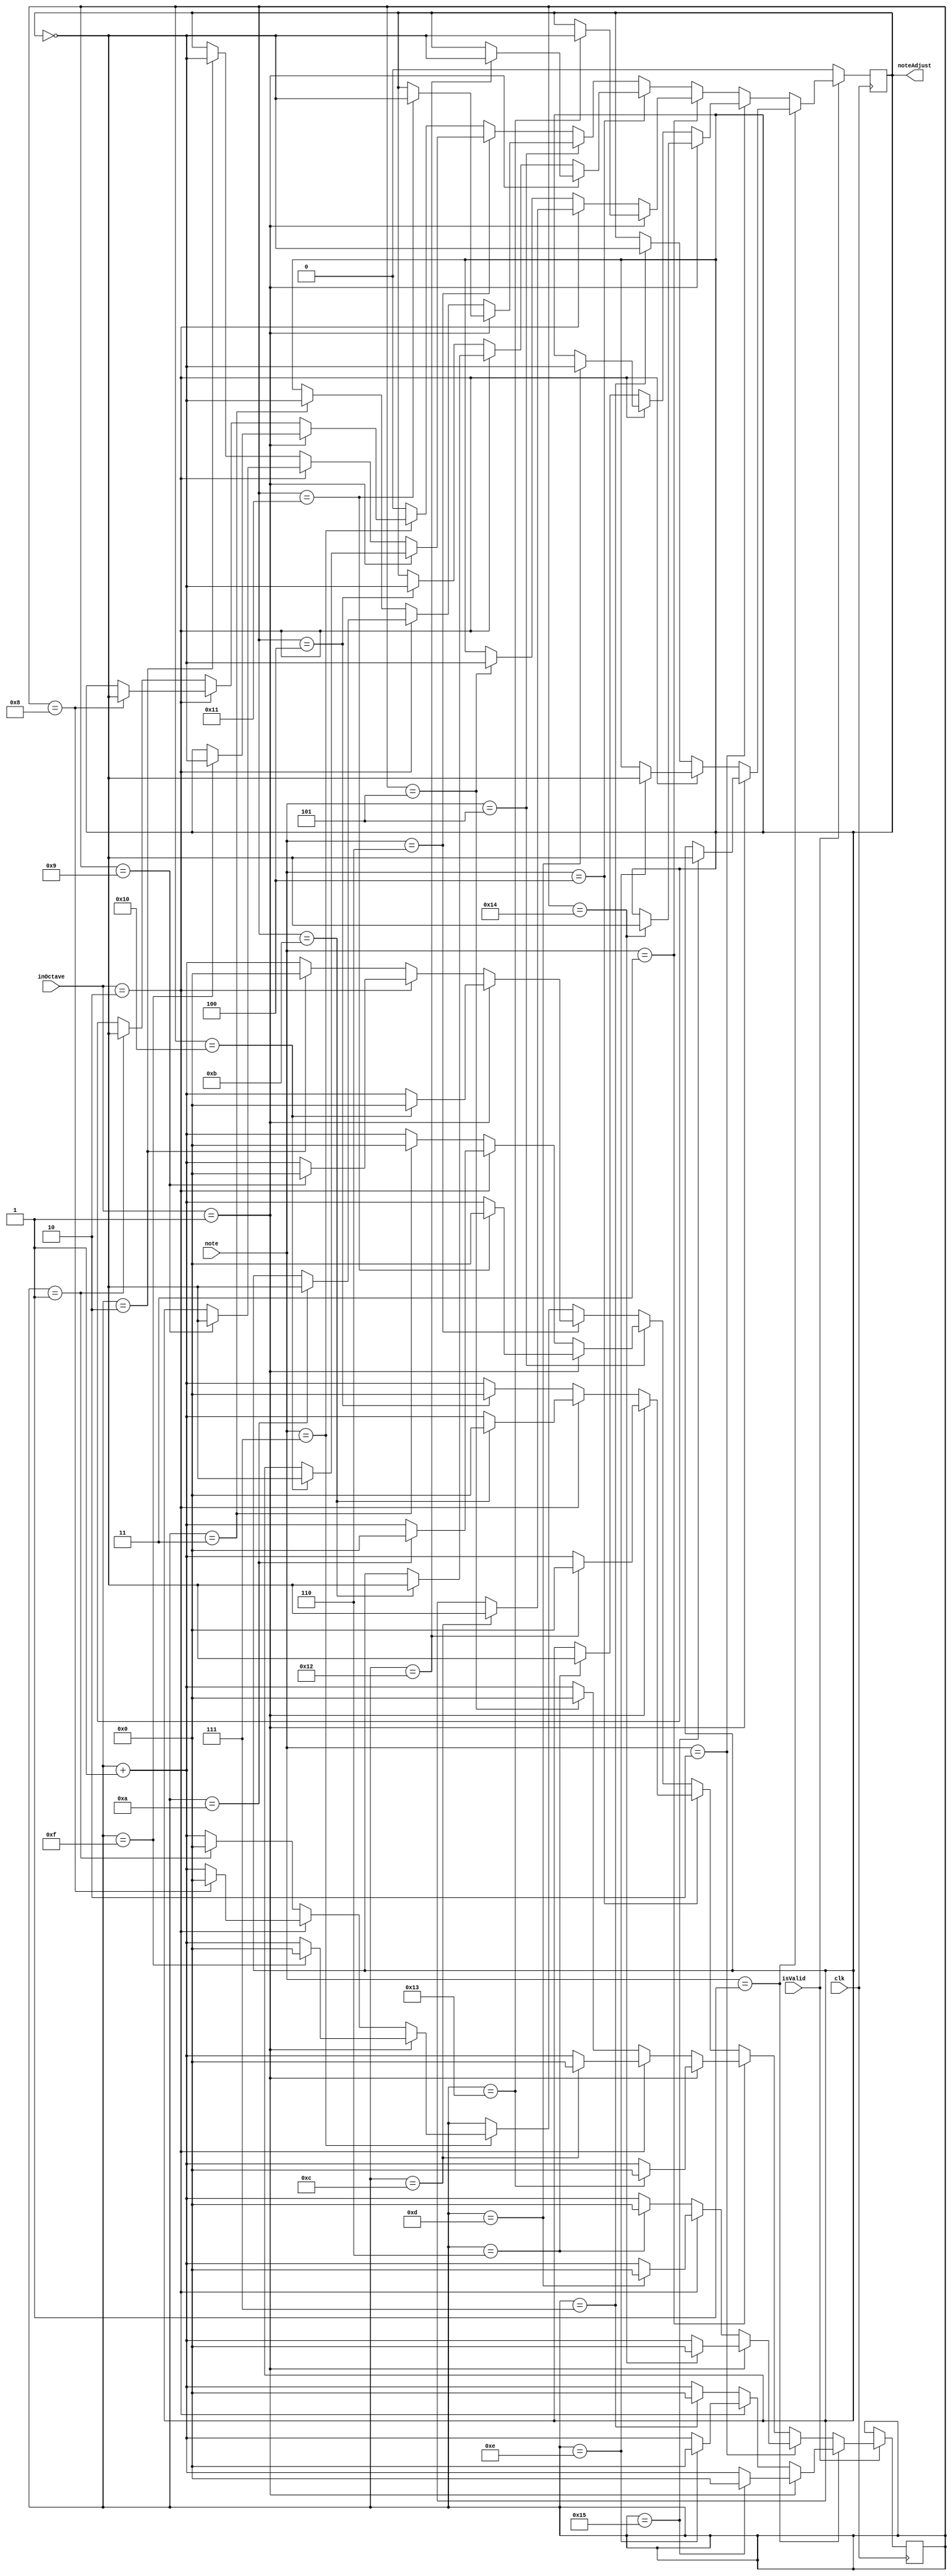
//Soeaker Code 
//Goal: Divide the clock into signals for each note 
//How should I do thix? 
// 7 octaves 7 notes 
// Octave 8 bit Note 8 bit register 

// Define ports 
// Inputs: note - octave 
// Output: Adjusted Note frequency 

module keyboardLogic(
	input clk,
	input isValid,
	input [2:0] note, 
	input [2:0]inOctave,
	output noteAdjust

	);
	
	
 reg noteAdjustTemp = 0;

 reg proccessedAlready = 0;
// Base frequencies Factors
/*
localparam noteAO1 = 909090; //001
localparam noteBO1 = 809716; //010
localparam noteCO1 = 763358;  //011
localparam noteDO1 = 680272; //100
localparam noteEO1 = 606060;  //101
localparam noteFO1 = 571428;  //110
localparam noteGO1 = 510204; //111
localparam noteAO2 = 454545; //001
localparam noteBO2 = 404858; //010
localparam noteCO2 = 381679;  //011
localparam noteDO2 = 340136; //100
localparam noteEO2 = 303030;  //101
localparam noteFO2 = 285714;  //110
localparam noteGO2 = 255102; //111
localparam noteAO3 = 227272; //001
localparam noteBO3 = 202429; //010
localparam noteCO3 = 190885;  //011
localparam noteDO3 = 170068; //100
localparam noteEO3 = 151515;  //101
localparam noteFO3 = 142857;  //110
localparam noteGO3 = 127551; //111
*/

localparam noteAO1 = 21; //001
localparam noteBO1 = 20; //010
localparam noteCO1 = 19;  //011
localparam noteDO1 = 18; //100
localparam noteEO1 = 17;  //101
localparam noteFO1 = 16;  //110
localparam noteGO1 = 15; //111
localparam noteAO2 = 14; //001
localparam noteBO2 = 13; //010
localparam noteCO2 = 12;  //011
localparam noteDO2 = 11; //100
localparam noteEO2 = 10;  //101
localparam noteFO2 = 9;  //110
localparam noteGO2 = 8; //111
localparam noteAO3 = 7; //001
localparam noteBO3 = 6; //010
localparam noteCO3 = 5;  //011
localparam noteDO3 = 4; //100
localparam noteEO3 = 3;  //101
localparam noteFO3 = 2;  //110
localparam noteGO3 = 1; //111

reg [31:0] clkCnt = 0;	

always @(posedge(clk)) begin

 if(isValid) begin
	
	if ( note == 3'b001 ) begin 
		if(inOctave==3'b001) begin
			if (clkCnt == noteAO1) begin
					clkCnt <= 32'b0;
					noteAdjustTemp <=~noteAdjustTemp;
			end
			else begin
					clkCnt <= clkCnt + 1;
					noteAdjustTemp <= noteAdjustTemp;
			end 
		end
		else if(inOctave == 3'b010) begin
			if (clkCnt == noteAO2) begin
					clkCnt <= 32'b0;
					noteAdjustTemp <=~noteAdjustTemp;
			end
			else begin
					clkCnt <= clkCnt + 1;
					noteAdjustTemp <= noteAdjustTemp;
			end 
		end
		else begin
			if (clkCnt == noteAO3) begin
					clkCnt <= 32'b0;
					noteAdjustTemp <=~noteAdjustTemp;
			end
			else begin
					clkCnt <= clkCnt + 1;
					noteAdjustTemp <= noteAdjustTemp;
			end 
		end
	end 

	else if ( note == 3'b010 ) begin 
		if(inOctave==3'b001) begin
			if (clkCnt == noteBO1) begin
					clkCnt <= 32'b0;
					noteAdjustTemp <=~noteAdjustTemp;
			end
			else begin
					clkCnt <= clkCnt + 1;
					noteAdjustTemp <= noteAdjustTemp;
			end 
		end
		else if(inOctave == 3'b010) begin
			if (clkCnt == noteBO2) begin
					clkCnt <= 32'b0;
					noteAdjustTemp <=~noteAdjustTemp;
			end
			else begin
					clkCnt <= clkCnt + 1;
					noteAdjustTemp <= noteAdjustTemp;
			end 
		end
		else begin
			if (clkCnt == noteBO3) begin
					clkCnt <= 32'b0;
					noteAdjustTemp <=~noteAdjustTemp;
			end
			else begin
					clkCnt <= clkCnt + 1;
					noteAdjustTemp <= noteAdjustTemp;
			end 
		end
	end
	else if ( note == 3'b011 ) begin 
		if(inOctave==3'b001) begin
			if (clkCnt == noteCO1) begin
					clkCnt <= 32'b0;
					noteAdjustTemp <=~noteAdjustTemp;
			end
			else begin
					clkCnt <= clkCnt + 1;
					noteAdjustTemp <= noteAdjustTemp;
			end 
		end
		else if(inOctave == 3'b010) begin
			if (clkCnt == noteCO2) begin
					clkCnt <= 32'b0;
					noteAdjustTemp <=~noteAdjustTemp;
			end
			else begin
					clkCnt <= clkCnt + 1;
					noteAdjustTemp <= noteAdjustTemp;
			end 
		end
		else begin
			if (clkCnt == noteCO3) begin
					clkCnt <= 32'b0;
					noteAdjustTemp <=~noteAdjustTemp;
			end
			else begin
					clkCnt <= clkCnt + 1;
					noteAdjustTemp <= noteAdjustTemp;
			end 
		end
	end
	else if ( note == 3'b100 ) begin 
		if(inOctave==3'b001) begin
			if (clkCnt == noteDO1) begin
					clkCnt <= 32'b0;
					noteAdjustTemp <=~noteAdjustTemp;
			end
			else begin
					clkCnt <= clkCnt + 1;
					noteAdjustTemp <= noteAdjustTemp;
			end 
		end
		else if(inOctave == 3'b010) begin
			if (clkCnt == noteDO2) begin
					clkCnt <= 32'b0;
					noteAdjustTemp <=~noteAdjustTemp;
			end
			else begin
					clkCnt <= clkCnt + 1;
					noteAdjustTemp <= noteAdjustTemp;
			end 
		end
		else begin
			if (clkCnt == noteDO3) begin
					clkCnt <= 32'b0;
					noteAdjustTemp <=~noteAdjustTemp;
			end
			else begin
					clkCnt <= clkCnt + 1;
					noteAdjustTemp <= noteAdjustTemp;
			end 
		end
	end
	else if ( note == 3'b101 ) begin 
		if(inOctave==3'b001) begin
			if (clkCnt == noteEO1) begin
					clkCnt <= 32'b0;
					noteAdjustTemp <=~noteAdjustTemp;
			end
			else begin
					clkCnt <= clkCnt + 1;
					noteAdjustTemp <= noteAdjustTemp;
			end 
		end
		else if(inOctave == 3'b010) begin
			if (clkCnt == noteEO2) begin
					clkCnt <= 32'b0;
					noteAdjustTemp <=~noteAdjustTemp;
			end
			else begin
					clkCnt <= clkCnt + 1;
					noteAdjustTemp <= noteAdjustTemp;
			end 
		end
		else begin
			if (clkCnt == noteEO3) begin
					clkCnt <= 32'b0;
					noteAdjustTemp <=~noteAdjustTemp;
			end
			else begin
					clkCnt <= clkCnt + 1;
					noteAdjustTemp <= noteAdjustTemp;
			end 
		end
	end
	else if ( note == 3'b110 ) begin 
		if(inOctave==3'b001) begin
			if (clkCnt == noteFO1) begin
					clkCnt <= 32'b0;
					noteAdjustTemp <=~noteAdjustTemp;
			end
			else begin
					clkCnt <= clkCnt + 1;
					noteAdjustTemp <= noteAdjustTemp;
			end 
		end
		else if(inOctave == 3'b010) begin
			if (clkCnt == noteFO2) begin
					clkCnt <= 32'b0;
					noteAdjustTemp <=~noteAdjustTemp;
			end
			else begin
					clkCnt <= clkCnt + 1;
					noteAdjustTemp <= noteAdjustTemp;
			end 
		end
		else begin
			if (clkCnt == noteFO3) begin
					clkCnt <= 32'b0;
					noteAdjustTemp <=~noteAdjustTemp;
			end
			else begin
					clkCnt <= clkCnt + 1;
					noteAdjustTemp <= noteAdjustTemp;
			end 
		end
	end
	else if( note == 3'b111 )begin 
		if(inOctave==3'b001) begin
			if (clkCnt == noteGO1) begin
					clkCnt <= 32'b0;
					noteAdjustTemp <=~noteAdjustTemp;
			end
			else begin
					clkCnt <= clkCnt + 1;
					noteAdjustTemp <= noteAdjustTemp;
			end 
		end
		else if(inOctave == 3'b010) begin
			if (clkCnt == noteGO2) begin
					clkCnt <= 32'b0;
					noteAdjustTemp <=~noteAdjustTemp;
			end
			else begin
					clkCnt <= clkCnt + 1;
					noteAdjustTemp <= noteAdjustTemp;
			end 
		end
		else begin
			if (clkCnt == noteGO3) begin
					clkCnt <= 32'b0;
					noteAdjustTemp <=~noteAdjustTemp;
			end
			else begin
					clkCnt <= clkCnt + 1;
					noteAdjustTemp <= noteAdjustTemp;
			end 
		end
	end
	else begin 
		noteAdjustTemp<=0;
	end 
	end
	else begin
		noteAdjustTemp<=0;
	end
end 



assign noteAdjust = noteAdjustTemp;


endmodule